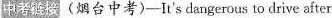
中考链接 (烟台中考)—It's dangerous to drive after